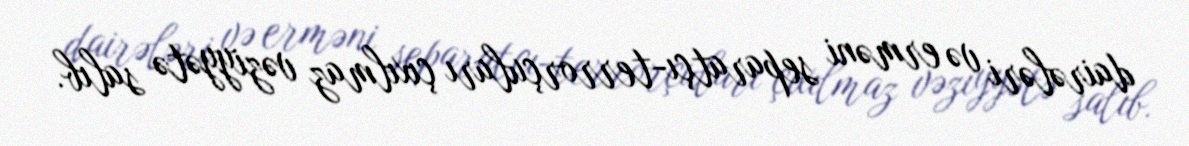
dairələri və erməni separatçı-terrorçuları çıxılmaz vəziyyətə salıb.